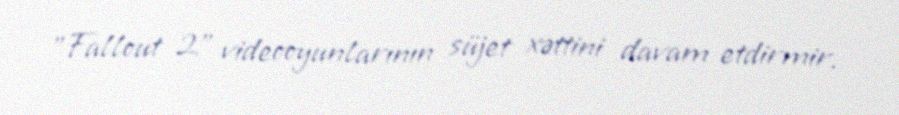
"Fallout 2" videooyunlarının süjet xəttini davam etdirmir.